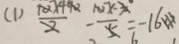
( 1 ) \frac { 1 0 X + 4 0 } { 2 } - \frac { 1 0 X - 3 0 } { 5 } = - 1 6